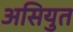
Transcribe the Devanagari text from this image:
असियुत